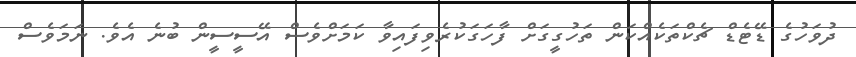
ދުވަހުގެ ޑޭޓެޑް ޗެކްތަކެއްކަން ތަހުގީގަށް ފާހަގަކުރެވިފައިވާ ކަަމަށްވެސް އޭސީސީން ބުނެ އެވެ. ނަމަވެސް